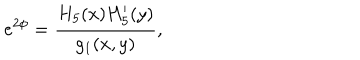
LaTeX: e ^ { 2 \phi } = { \frac { H _ { 5 } ( x ) H _ { 5 } ^ { \prime } ( y ) } { g _ { 1 } ( x , y ) } } ,